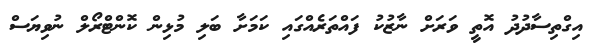
އިގްތިސާދުދު އޮތީ ވަރަށް ނާޒުކު ފައްތަރެއްގައި ކަމަށާ ބަލި މުޅިން ކޮންޓްރޯލް ނުވިޔަސް